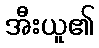
အီးယူ၏